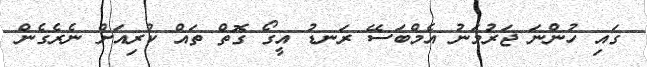
ގައި ހުންނަ ޖަރުމަނު އެމްބަސޭ ރަނޑު އީގޯ ގޮތް ތައް ކުރިއަށް ނެރެގެން